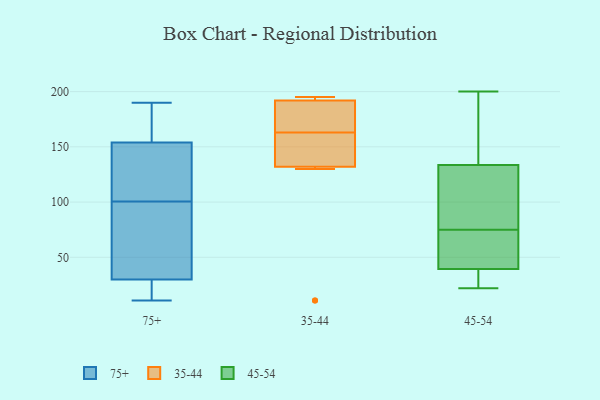
{"axis": {"x": "Bounce Rate (%)", "y": "Value"}, "legend": ["35-44", "45-54", "75+"], "data": [{"x": "", "y": 183, "type": "75+"}, {"x": "", "y": 154, "type": "75+"}, {"x": "", "y": 94, "type": "75+"}, {"x": "", "y": 186, "type": "75+"}, {"x": "", "y": 11, "type": "75+"}, {"x": "", "y": 107, "type": "75+"}, {"x": "", "y": 11, "type": "75+"}, {"x": "", "y": 19, "type": "75+"}, {"x": "", "y": 34, "type": "75+"}, {"x": "", "y": 141, "type": "75+"}, {"x": "", "y": 190, "type": "75+"}, {"x": "", "y": 30, "type": "75+"}, {"x": "", "y": 116, "type": "75+"}, {"x": "", "y": 44, "type": "75+"}, {"x": "", "y": 192, "type": "35-44"}, {"x": "", "y": 183, "type": "35-44"}, {"x": "", "y": 169, "type": "35-44"}, {"x": "", "y": 192, "type": "35-44"}, {"x": "", "y": 130, "type": "35-44"}, {"x": "", "y": 11, "type": "35-44"}, {"x": "", "y": 157, "type": "35-44"}, {"x": "", "y": 195, "type": "35-44"}, {"x": "", "y": 11, "type": "35-44"}, {"x": "", "y": 155, "type": "35-44"}, {"x": "", "y": 195, "type": "35-44"}, {"x": "", "y": 134, "type": "35-44"}, {"x": "", "y": 198, "type": "45-54"}, {"x": "", "y": 149, "type": "45-54"}, {"x": "", "y": 200, "type": "45-54"}, {"x": "", "y": 87, "type": "45-54"}, {"x": "", "y": 34, "type": "45-54"}, {"x": "", "y": 56, "type": "45-54"}, {"x": "", "y": 64, "type": "45-54"}, {"x": "", "y": 29, "type": "45-54"}, {"x": "", "y": 83, "type": "45-54"}, {"x": "", "y": 22, "type": "45-54"}, {"x": "", "y": 75, "type": "45-54"}]}